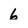
Character: 6